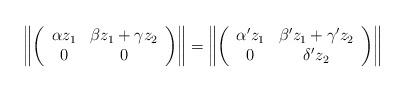
LaTeX: \begin{align*}\left\|\left(\begin{array}{cc}\alpha z_1 & \beta z_1+\gamma z_2 \\0&0\end{array}\right)\right\|=\left\|\left(\begin{array}{cc}\alpha'z_1& \beta'z_1+\gamma' z_2\\0 &\delta' z_2\end{array}\right)\right\|\end{align*}